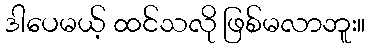
ဒါပေမယ့် ထင်သလို ဖြစ်မလာဘူး။